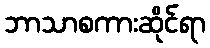
ဘာသာစကားဆိုင်ရာ